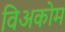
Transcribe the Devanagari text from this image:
विअकोम